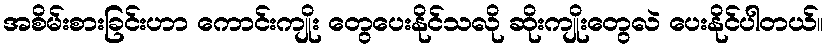
အစိမ်းစားခြင်းဟာ ကောင်းကျိုး တွေပေးနိုင်သလို ဆိုးကျိုးတွေလဲ ပေးနိုင်ပါတယ်။